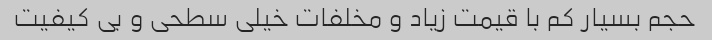
حجم بسیار کم با قیمت زیاد و مخلفات خیلی سطحی و بی کیفیت